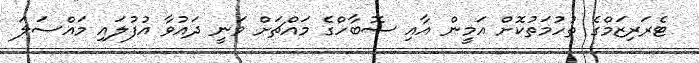
ޓެރަރިޒަމްގެ ތުހުމަތުކޮށް އަމީން އާއި ސޮބާހްގެ މައްޗަށް ވަނީ ދައުވާ އުފުލައި މައްސަލަ